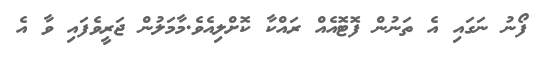
ފޯނު ނަގައި އެ ތަނުން ފޮޓޮއެއް ރައްކާ ކޮށްލިއެވެ.މާމަލުން ޖަރީވެފައި ވާ އެ